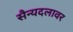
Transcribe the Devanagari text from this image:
सैन्यदलावर